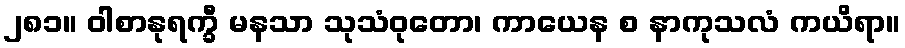
၂၈၁။ ဝါစာနုရက္ခီ မနသာ သုသံဝုတော၊ ကာယေန စ နာကုသလံ ကယိရာ။